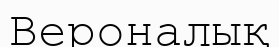
Вероналық